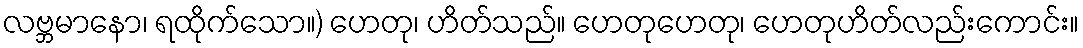
လဗ္ဘမာနော၊ ရထိုက်သော။) ဟေတု၊ ဟိတ်သည်။ ဟေတုဟေတု၊ ဟေတုဟိတ်လည်းကောင်း။